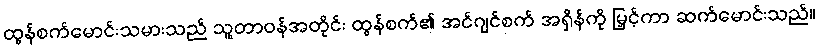
ထွန်စက်မောင်းသမားသည် သူ့တာဝန်အတိုင်း ထွန်စက်၏ အင်ဂျင်စက် အရှိန်ကို မြှင့်ကာ ဆက်မောင်းသည်။